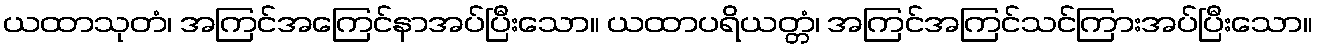
ယထာသုတံ၊ အကြင်အကြေင်နာအပ်ပြီးသော။ ယထာပရိယတ္တံ၊ အကြင်အကြင်သင်ကြားအပ်ပြီးသော။